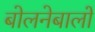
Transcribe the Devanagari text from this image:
बोलनेबालों